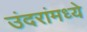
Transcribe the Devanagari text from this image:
उंदरांमध्ये